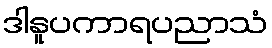
ဒါနူပကာရပညာသံ